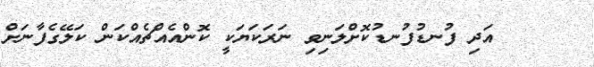
٥     އަދި ފުނޑުފުނޑުކޮށްލަނިވި ނަރަކަޔަކީ ކޮންއެއްޗެއްކަން ކަލޭގެފާނަށް